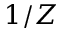
1 / Z